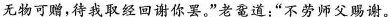
无物可赠，待我取经回谢你罢。”老鼋道：”不劳师父赐谢。